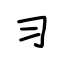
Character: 习